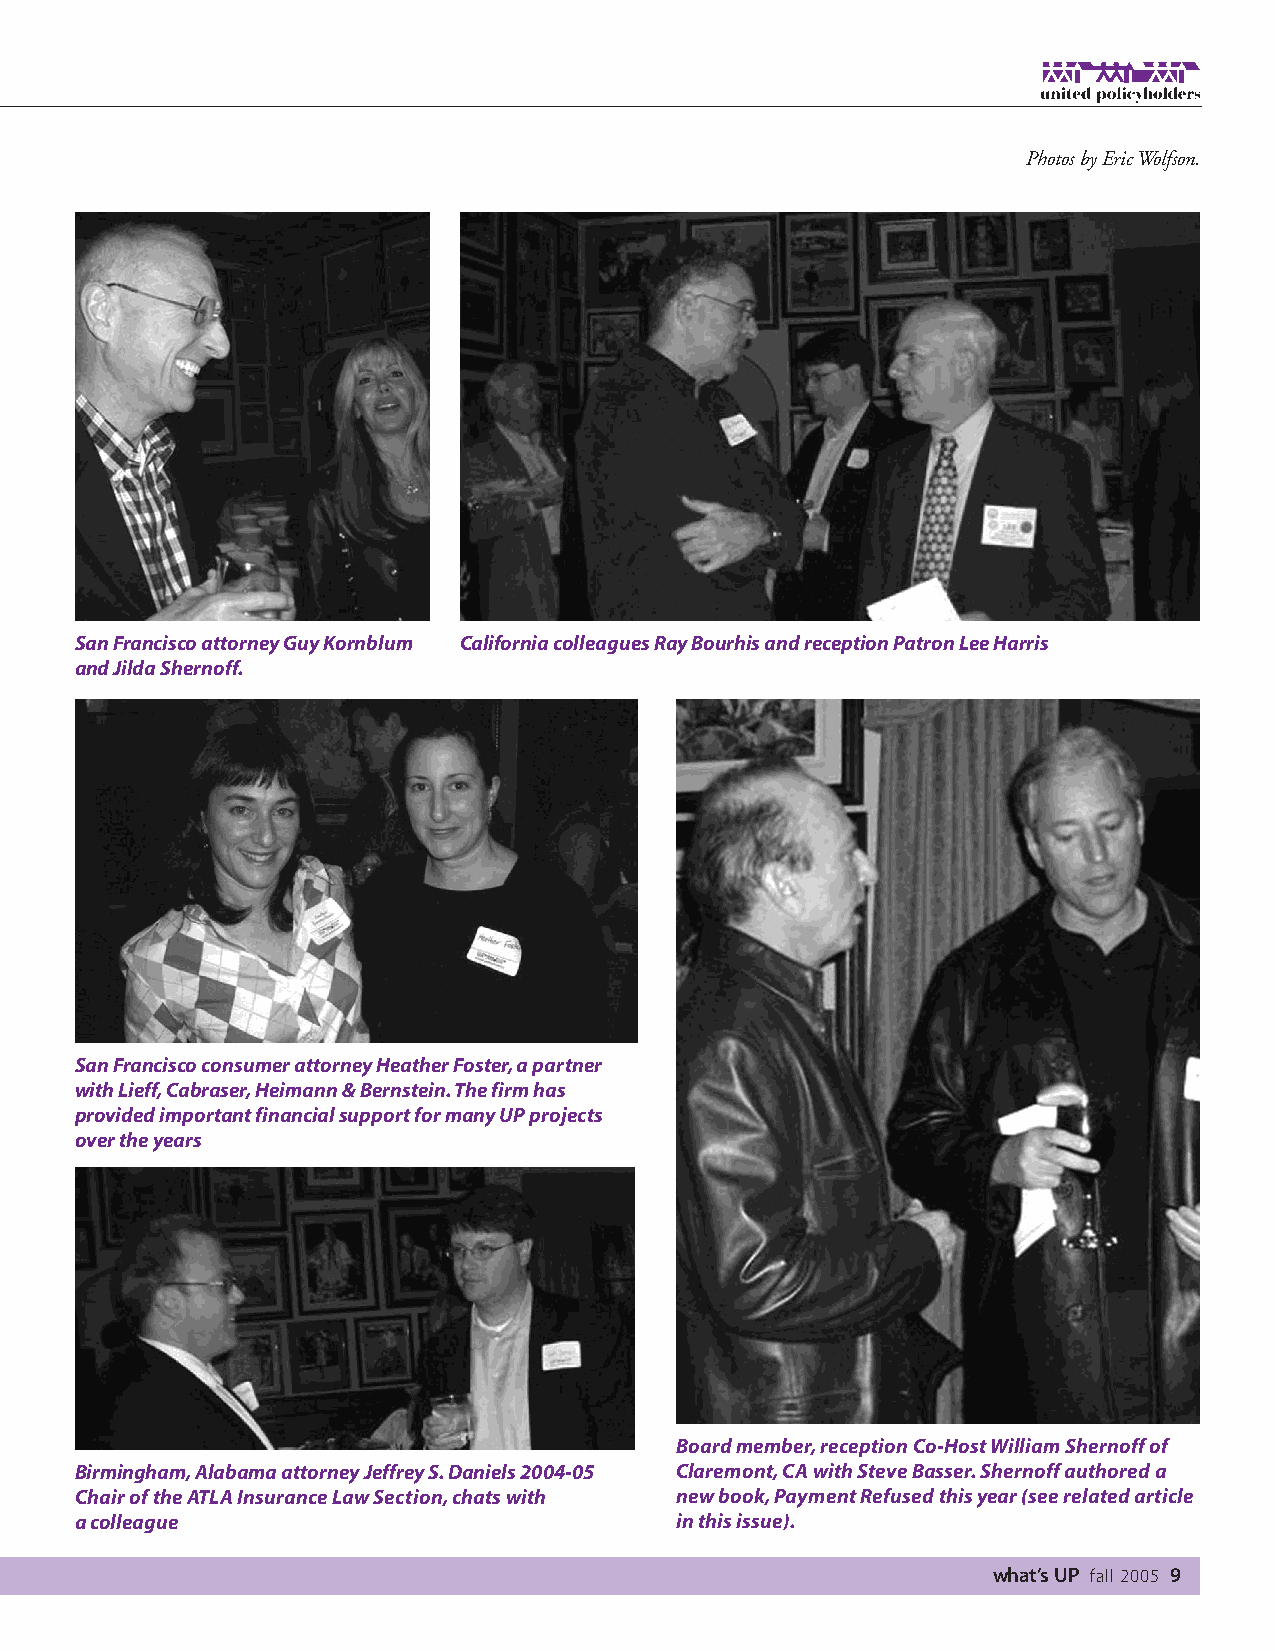
Photos by Eric Wolfson.
 San Francisco attorney Guy Kornblum California colleagues Ray Bourhis and reception Patron Lee Harris
 and Jilda Shernoff.
 San Francisco consumer attorney Heather Foster,a partner
 with Lieff,Cabraser,Heimann & Bernstein.The firm has
 provided important financial support for many UP projects
 over the years
 Board member,reception Co-Host William Shernoff of
 Birmingham,Alabama attorney Jeffrey S.Daniels 2004-05 Claremont,CA with Steve Basser.Shernoff authored a
 Chair of the ATLA Insurance Law Section,chats with new book,Payment Refused this year (see related article
 a colleague                             in this issue).
 what’s UP fall 2005 9